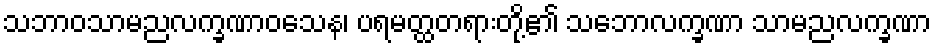
သဘာဝသာမညလက္ခဏာဝသေန၊ ပရမတ္ထတရားတို့၏ သဘောလက္ခဏာ သာမညလက္ခဏာ